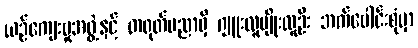
ယဉ်ကျေးမှုအဖွဲ့နှင့် တရုတ်ပညာရှိ ဂျူးလူမျိုးလူဦး ဘက်ပေါင်းစုံမှာ